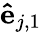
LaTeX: \mathbf{\hat{e}}_{j,1}